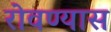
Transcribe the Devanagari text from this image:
रोवण्यास